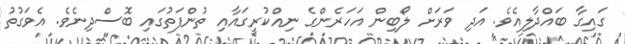
ގައިގާ ބައްދާލިއެވެ. އަދި ވަރަށް ލޯބިން އަހަރެންގެ ނިއްކުރީގައާއި ތުންފަތުގައި ބޮސްދިނެވެ. އެވަގުތު